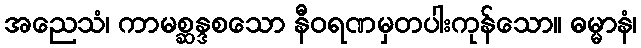
အညေသံ၊ ကာမစ္ဆန္ဒစသော နီဝရဏမှတပါးကုန်သော။ ဓမ္မာနံ၊